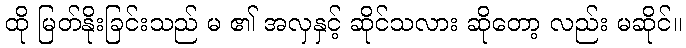
ထို မြတ်နိုးခြင်းသည် မ ၏ အလှနှင့် ဆိုင်သလား ဆိုတော့ လည်း မဆိုင်။